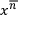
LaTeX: x ^ { \overline { { n } } }